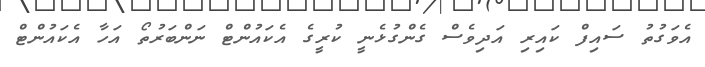
އެވަގުތު ސައިފް ކައިރި އަދިވެސް ގެންގުޅެނީ ކުރީގެ އެކައުންޓް ނަންބަރުތޯ އަހާ އެކައުންޓް